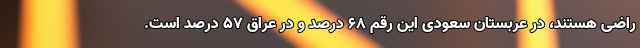
راضی هستند، در عربستان سعودی این رقم 68 درصد و در عراق 57 درصد است.